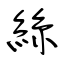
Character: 絲